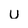
Character: U